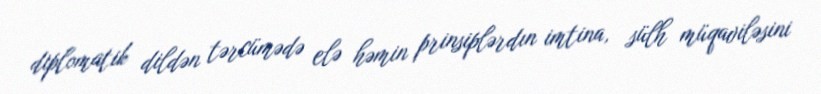
diplomatik dildən tərcümədə elə həmin prinsiplərdın imtina, sülh müqaviləsini